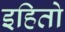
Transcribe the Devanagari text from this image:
इहितो